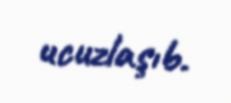
ucuzlaşıb.